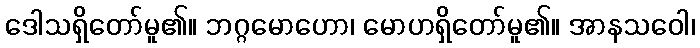
ဒေါသရှိတော်မူ၏။ ဘဂ္ဂမောဟော၊ မောဟရှိတော်မူ၏။ အာနသဝေါ၊